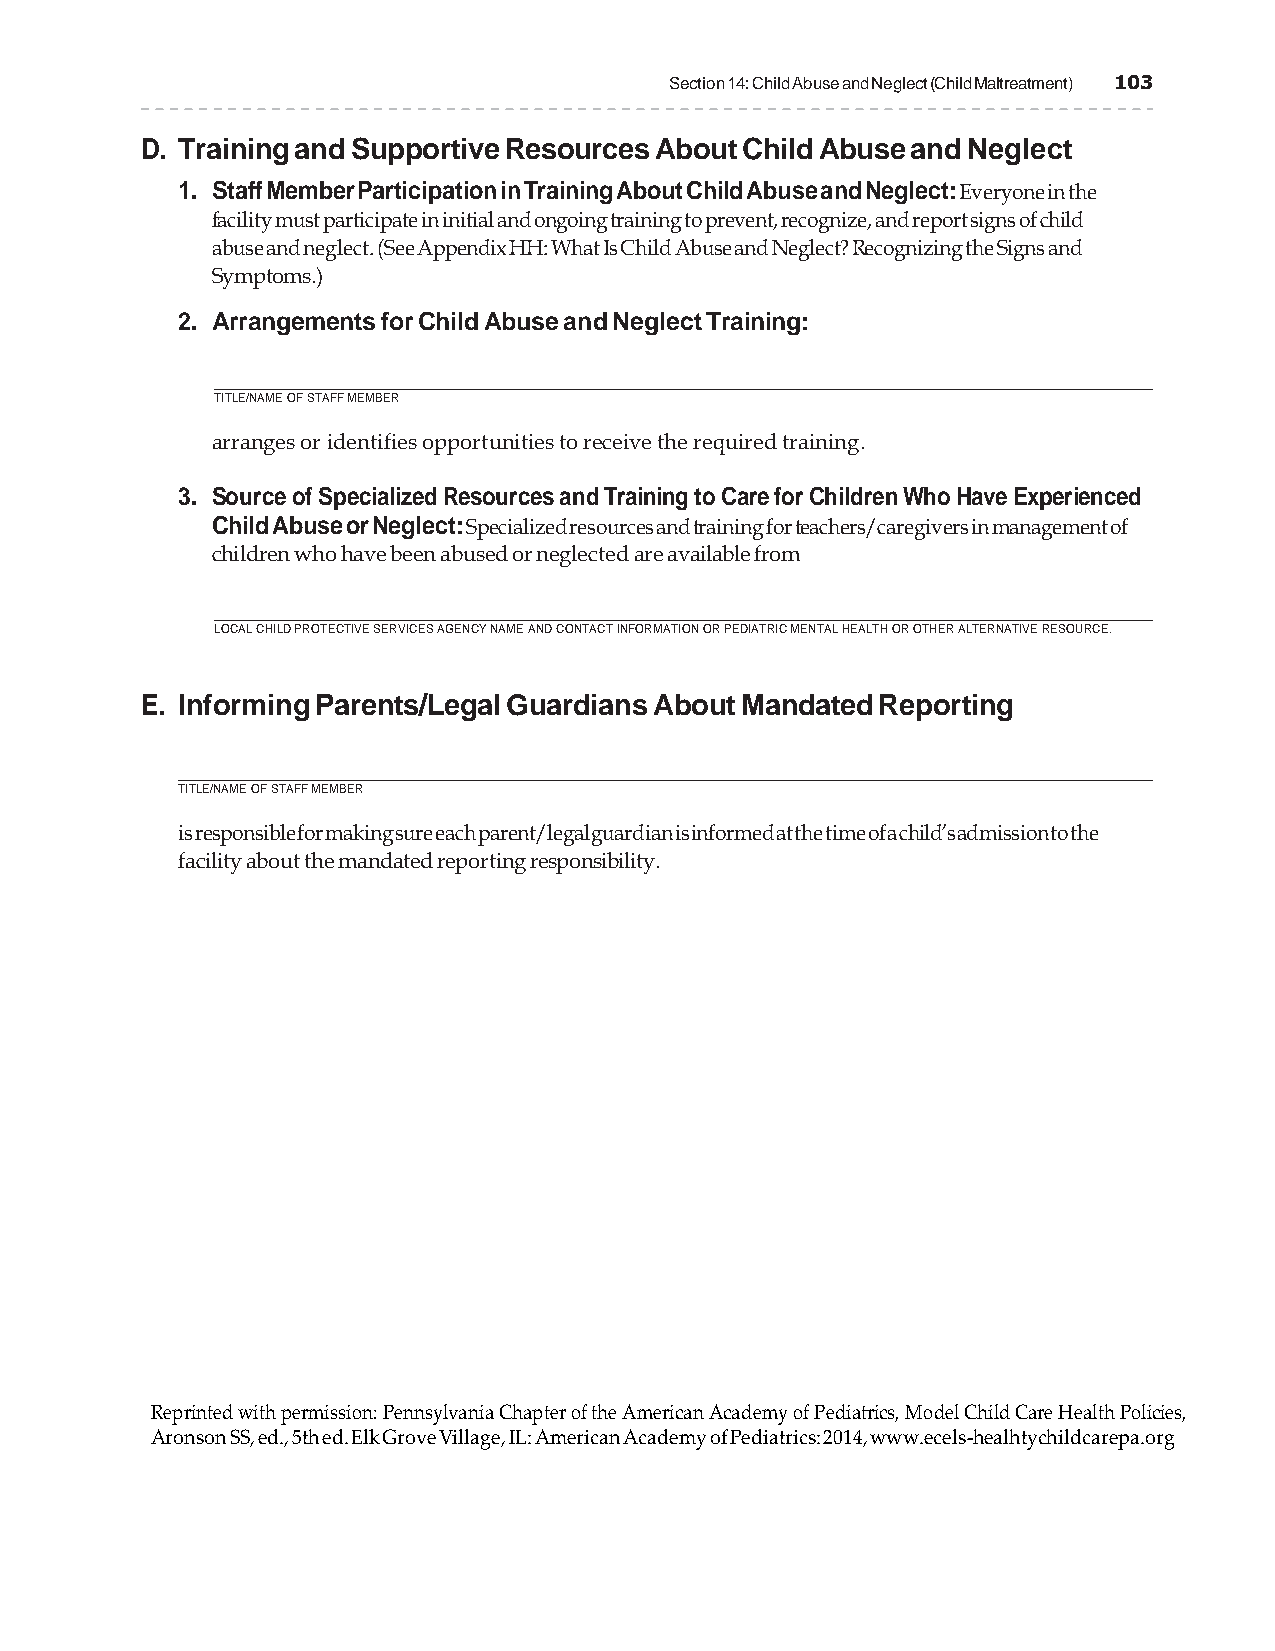
Section 14: Child Abuse and Neglect (Child Maltreatment) 103
 D. Training and Supportive Resources About Child Abuse and Neglect
 1. Staff Member Participation in Training About Child Abuse and Neglect: Everyone in the
 facility must participate in initial and ongoing training to prevent, recognize, and report signs of child
 abuse and neglect. (See Appendix HH: What Is Child Abuse and Neglect? Recognizing the Signs and
 Symptoms.)
 2. Arrangements for Child Abuse and Neglect Training:
 TITLE/NAME OF STAFF MEMBER
 arranges or identifies opportunities to receive the required training.
 3. Source of Specialized Resources and Training to Care for Children Who Have Experienced
 Child Abuse or Neglect: Specialized resources and training for teachers/caregivers in management of
 children who have been abused or neglected are available from
 LOCAL CHILD PROTECTIVE SERVICES AGENCY NAME AND CONTACT INFORMATION OR PEDIATRIC MENTAL HEALTH OR OTHER ALTERNATIVE RESOURCE.
 E. Informing Parents/Legal Guardians About Mandated Reporting
 TITLE/NAME OF STAFF MEMBER
 is responsible for making sure each parent/legal guardian is informed at the time of a child’s admission to the
 facility about the mandated reporting responsibility.
 Reprinted with permission: Pennsylvania Chapter of the American Academy of Pediatrics, Model Child Care Health Policies,
 Aronson SS, ed., 5th ed. Elk Grove Village, IL: American Academy of Pediatrics: 2014, www.ecels-healhtychildcarepa.org